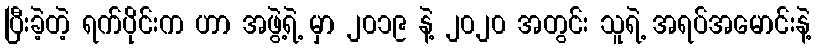
ပြီးခဲ့တဲ့ ရက်ပိုင်းက ဟာ အဖွဲ့ရဲ့ မှာ ၂၀၁၉ နဲ့ ၂၀၂၀ အတွင်း သူရဲ့ အရပ်အမောင်းနဲ့